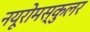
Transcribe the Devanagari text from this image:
नयूरोमस्कुलर